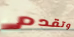
وتقدم